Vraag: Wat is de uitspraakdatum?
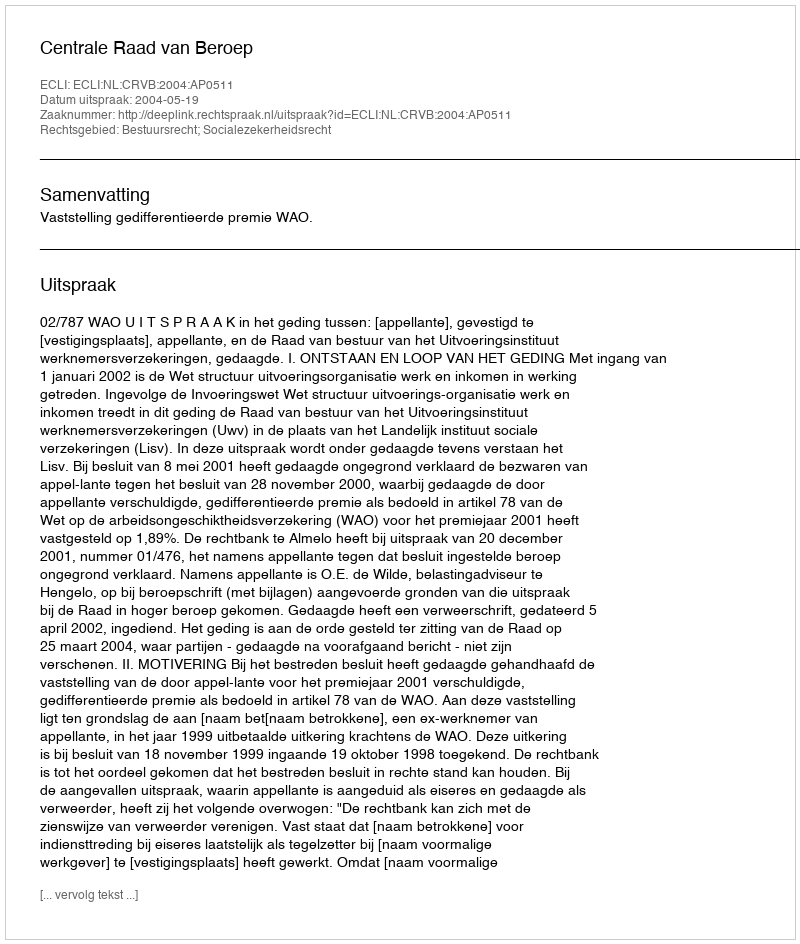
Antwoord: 2004-05-19